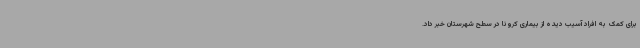
برای کمک به افراد آسیب دیده از بیماری کرونا در سطح شهرستان خبر داد.